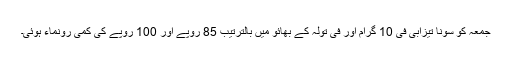
جمعہ کو سونا تیزابی فی 10 گرام اور فی تولہ کے بھائو میں بالترتیب 85 روپے اور 100 روپے کی کمی رونماء ہوئی۔